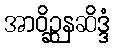
အာဝိဉ္ဆနဆိဒ္ဒံ